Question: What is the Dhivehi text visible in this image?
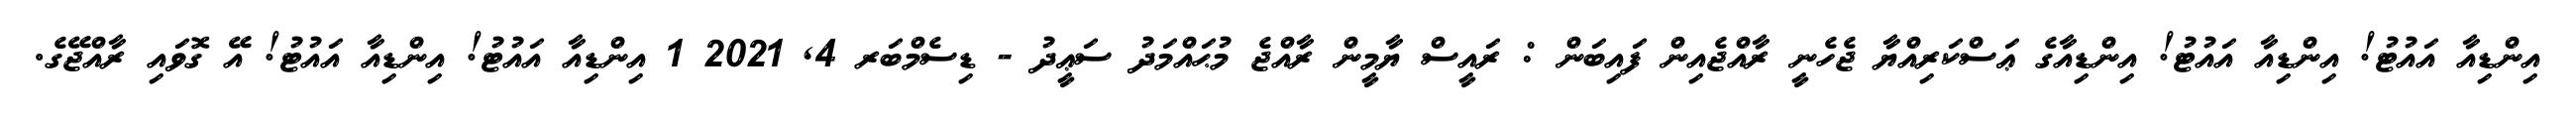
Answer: އިންޑިއާ އައުޓު! އިންޑިއާ އައުޓު! އިންޑިއާގެ ޢަސްކަރިއްޔާ ޖެހެނީ ރާއްޖެއިން ފައިބަން : ރައީސް ޔާމީން ރާއްޖެ މުޙައްމަދު ސަޢީދު - ޑިސެމްބަރ 4, 2021 1 އިންޑިއާ އައުޓު! އިންޑިއާ އައުޓު! އޭ ގޮވައި ރާއްޖޭގެ.